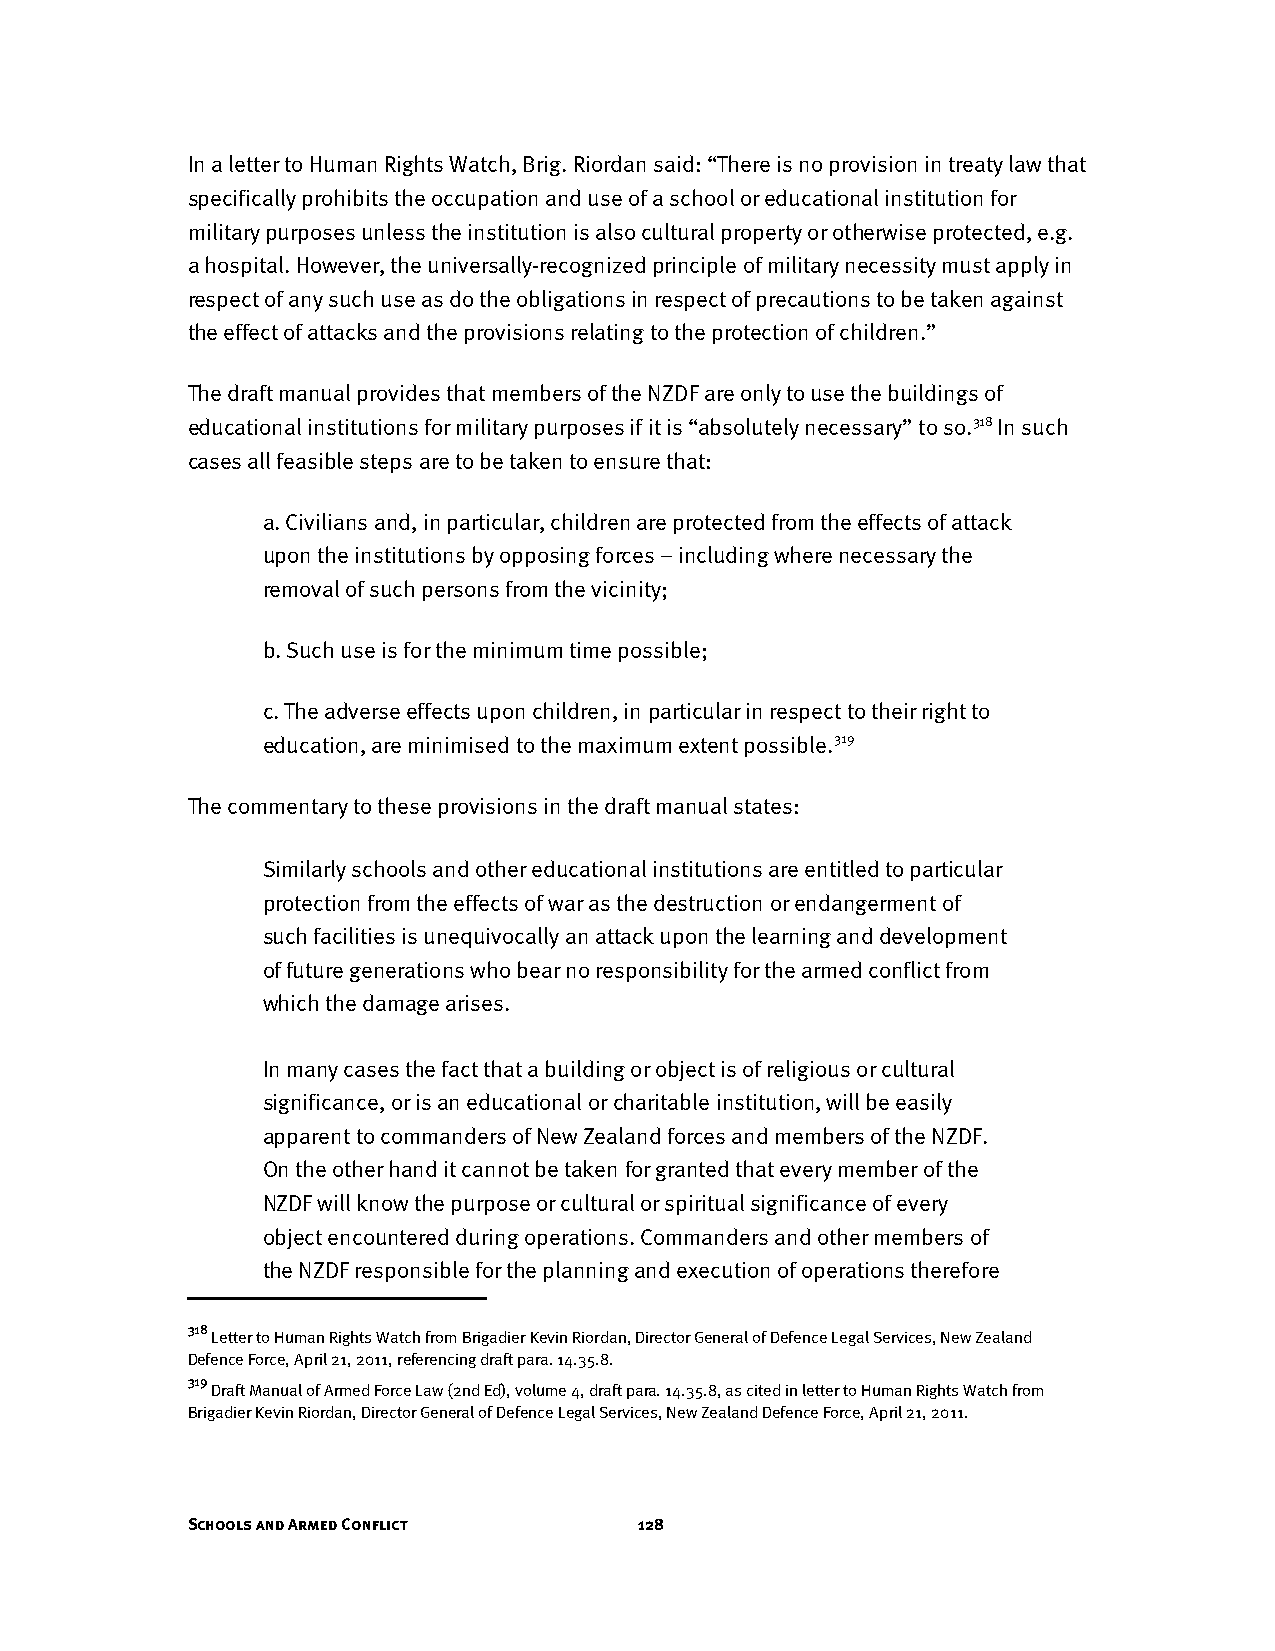
In a letter to Human Rights Watch, Brig. Riordan said: “There is no provision in treaty law that
 specifically prohibits the occupation and use of a school or educational institution for
 military purposes unless the institution is also cultural property or otherwise protected, e.g.
 a hospital. However, the universally-recognized principle of military necessity must apply in
 respect of any such use as do the obligations in respect of precautions to be taken against
 the effect of attacks and the provisions relating to the protection of children.”
 The draft manual provides that members of the NZDF are only to use the buildings of
 educational institutions for military purposes if it is “absolutely necessary” to so.318 In such
 cases all feasible steps are to be taken to ensure that:
 a. Civilians and, in particular, children are protected from the effects of attack
 upon the institutions by opposing forces – including where necessary the
 removal of such persons from the vicinity;
 b. Such use is for the minimum time possible;
 c. The adverse effects upon children, in particular in respect to their right to
 education, are minimised to the maximum extent possible.319
 The commentary to these provisions in the draft manual states:
 Similarly schools and other educational institutions are entitled to particular
 protection from the effects of war as the destruction or endangerment of
 such facilities is unequivocally an attack upon the learning and development
 of future generations who bear no responsibility for the armed conflict from
 which the damage arises.
 In many cases the fact that a building or object is of religious or cultural
 significance, or is an educational or charitable institution, will be easily
 apparent to commanders of New Zealand forces and members of the NZDF.
 On the other hand it cannot be taken for granted that every member of the
 NZDF will know the purpose or cultural or spiritual significance of every
 object encountered during operations. Commanders and other members of
 the NZDF responsible for the planning and execution of operations therefore
 318
 Letter to Human Rights Watch from Brigadier Kevin Riordan, Director General of Defence Legal Services, New Zealand
 Defence Force, April 21, 2011, referencing draft para. 14.35.8.
 319
 Draft Manual of Armed Force Law (2nd Ed), volume 4, draft para. 14.35.8, as cited in letter to Human Rights Watch from
 Brigadier Kevin Riordan, Director General of Defence Legal Services, New Zealand Defence Force, April 21, 2011.
 Schools and Armed Conflict    128